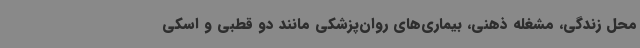
محل زندگی، مشغله ذهنی، بیماری‌های روان‌پزشکی مانند دو قطبی و اسکی